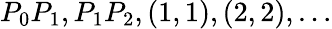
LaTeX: P_{0}P_{1},P_{1}P_{2},(1,1),(2,2),\dotsc